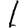
Digit: 1